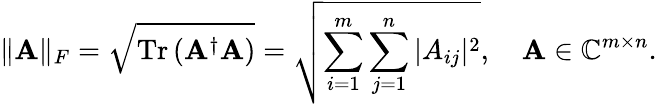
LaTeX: \| \mathbf{A}\| _{F}=\sqrt{\operatorname{Tr}\left(\mathbf{A}^{\dagger}\mathbf{A}\right)}=\sqrt{\sum_{i=1}^{m}\sum_{j=1}^{n}|A_{ij}|^{2}},\quad\mathbf{A}\in\mathbb{C}^{m\times n}.